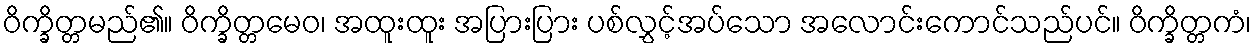
ဝိက္ခိတ္တမည်၏။ ဝိက္ခိတ္တမေဝ၊ အထူးထူး အပြားပြား ပစ်လွှင့်အပ်သော အလောင်းကောင်သည်ပင်။ ဝိက္ခိတ္တကံ၊